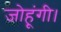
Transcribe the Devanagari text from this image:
जोहूंगी।